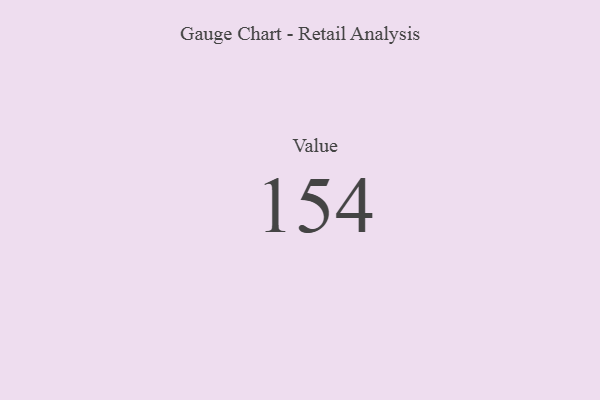
{"axis": {"x": "Metric", "y": "Value"}, "legend": [""], "data": [{"x": "Value", "y": 154, "type": ""}]}